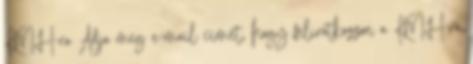
KMH-ra Adja meg e-mail címét, hogy feliratkozzon a KMH-ra